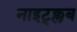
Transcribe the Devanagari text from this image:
नाइट्क्लब